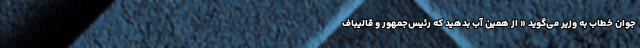
جوان خطاب به وزیر می‌گوید « از همین آب بدهید که رئیس‌جمهور و قالیباف